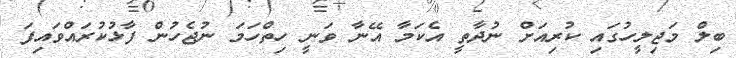
ބިލް މަޖިލީހުގައި ކުރިއަށް ނުދާތީ އެކަމާ އޭނާ ވަނީ ހިތްހަމަ ނުޖެހުން ފާޅުކުރައްވައިފަ